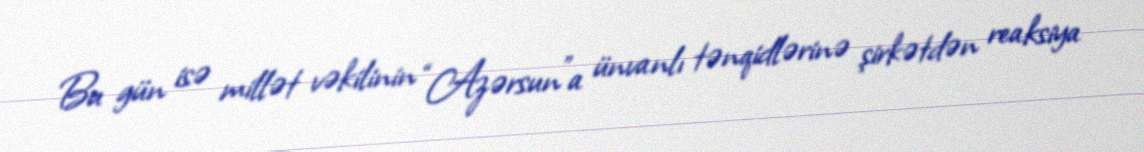
Bu gün isə millət vəkilinin “Azərsun”a ünvanlı tənqidlərinə şirkətdən reaksiya